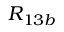
R _ { 1 3 b }